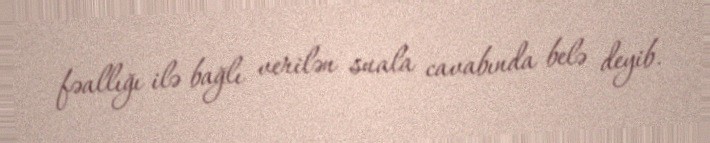
fəallığı ilə bağlı verilən suala cavabında belə deyib.